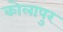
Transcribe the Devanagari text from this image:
कोलापुर